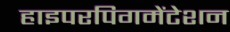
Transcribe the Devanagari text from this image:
हाइपरपिगमेंटेशन